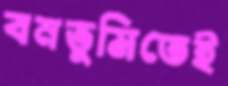
বনভূমিতেই